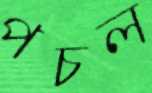
পচল